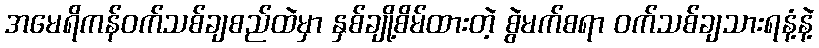
အမေရိကန်ဝက်သစ်ချစည်ထဲမှာ နှစ်ချို့စိမ်ထားတဲ့ စွဲမက်စရာ ဝက်သစ်ချသားရနံ့နဲ့